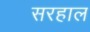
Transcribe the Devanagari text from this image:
सरहाल